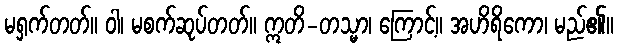
မရှက်တတ်။ ဝါ၊ မစက်ဆုပ်တတ်။ ဣတိ-တသ္မာ၊ ကြောင့်။ အဟိရိကော၊ မည်၏။